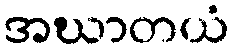
အဃာတယံ